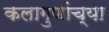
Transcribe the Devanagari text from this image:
कलागुणांच्या